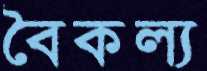
বৈকল্য